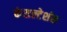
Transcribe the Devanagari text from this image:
कंसल्टेशंस